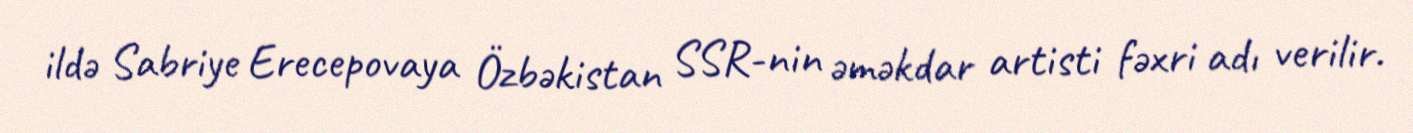
ildə Sabriye Erecepovaya Özbəkistan SSR-nin əməkdar artisti fəxri adı verilir.